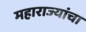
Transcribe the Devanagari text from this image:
महाराज्यांचा